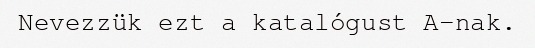
Nevezzük ezt a katalógust A-nak.